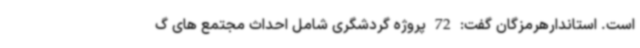
است. استاندارهرمزگان گفت: 72 پروژه گردشگری شامل احداث مجتمع های گ